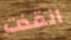
انقذت